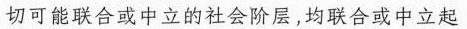
切可能联合或中立的社会阶层，均联合或中立起